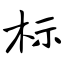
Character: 标